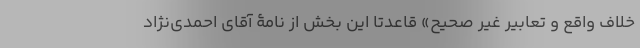
خلاف واقع و تعابیر غیر صحیح» قاعدتاً این بخش از نامۀ آقای احمدی‌نژاد